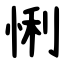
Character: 悧